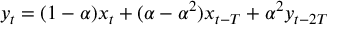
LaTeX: y _ { t } = ( 1 - \alpha ) x _ { t } + ( \alpha - \alpha ^ { 2 } ) x _ { t - T } + \alpha ^ { 2 } y _ { t - 2 T }